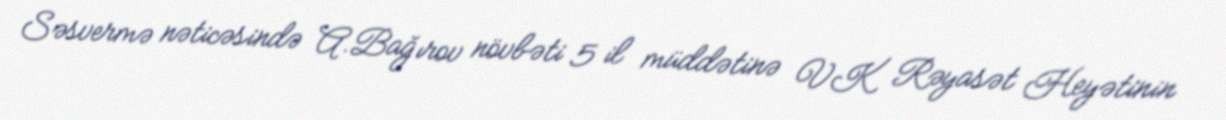
Səsvermə nəticəsində A.Bağırov növbəti 5 il müddətinə VK Rəyasət Heyətinin